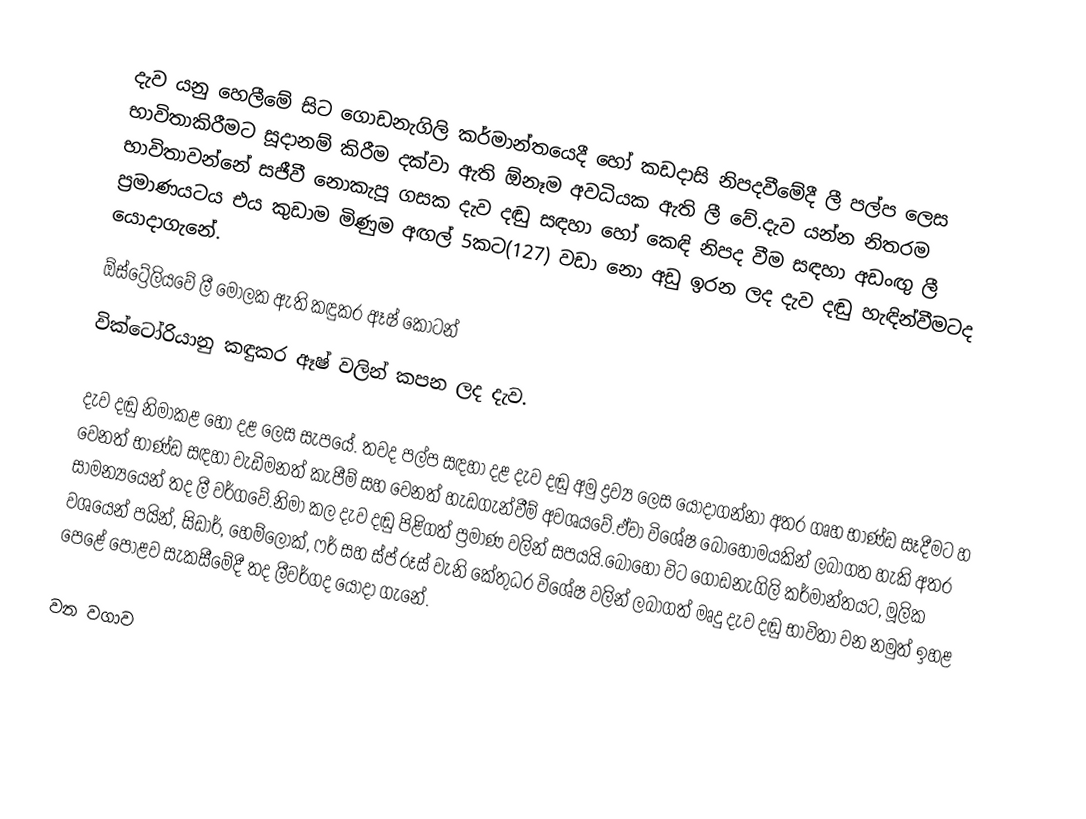
දැව යනු හෙලීමේ සිට ගොඩනැගිලි කර්මාන්තයෙදී හෝ කඩදාසි නිපදවීමේදී ලී පල්ප ලෙස භාවිතාකිරීමට සූදානම් කිරීම දක්වා ඇති ඕනෑම අවධියක ඇති ලී වේ.දැව යන්න නිතරම භාවිතාවන්නේ සජීවී නොකැපූ ගසක දැව දඬු සඳහා හෝ කෙඳි නිපද වීම සඳහා අඩංඟු ලී ප්‍රමාණයටය එය කුඩාම මිණුම අඟල් 5කට(127) වඩා නො අඩු ඉරන ලද දැව දඬු හැඳින්වීමටද යොදාගැනේ.
ඕස්ට්‍රේලියවේ ලී මෝලක ඇති කඳුකර ඈෂ් කොටන්
වික්ටෝරියානු කඳුකර ඈෂ් වලින් කපන ලද දැව.

දැව දඬු නිමාකළ හෝ දළ ලෙස සැපයේ. තවද පල්ප සඳහා දළ දැව දඬු අමු ද්‍රව්‍ය  ලෙස යොදාගන්නා අතර ගෘහ භාණ්ඩ සෑදීමට හ වෙනත් භාණ්ඩ සඳහා වැඩිමනත් කැපීම් සහ වෙනත් හැඩගැන්වීම් අවශ‍යවේ.ඒවා විශේෂ බොහොමයකින් ලබාගත හැකි අතර සාමන්‍යයෙන් තද ලී වර්ගවේ.නිමා කල දැව දඬු පිළිගත් ප්‍රමාණ වලින් සපයයි.බොහෝ විට ගොඩනැගිලි කර්මාන්තයට, මූලික වශයෙන් පයින්, සිඩාර්, හෙම්ලොක්, ෆර් සහ ස්ප් රූස් වැනි කේතුධර විශේෂ වලින් ලබාගත් මෘදු දැව දඬු භාවිතා වන නමුත් ඉහළ පෙළේ පොළව සැකසීමේදී තද ලීවර්ගද යොදා ගැනේ.

වන වගාව